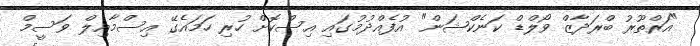
"އަރްތޫރު ބްރަދާޒް ވޯލްޑް ކަނެކްޝަން" އުފެއްދުމުގައި އިސްކޮށް ހުރި ހަމައެގޭ އިސްމާއިލް ވަސީމް